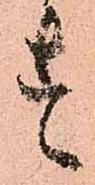
す